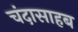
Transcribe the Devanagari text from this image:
चंदासाहब